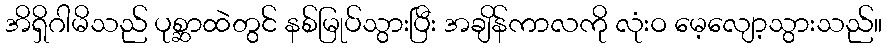
အိရှိဂါမိသည် ပုစ္ဆာထဲတွင် နစ်မြုပ်သွားပြီး အချိန်ကာလကို လုံးဝ မေ့လျော့သွားသည်။